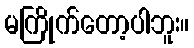
မကြိုက်တော့ပါဘူး။